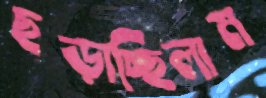
ছড়াচ্ছিলাম